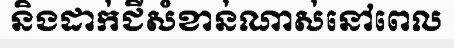
និងដាក់ជីសំខាន់ណាស់នៅពេល